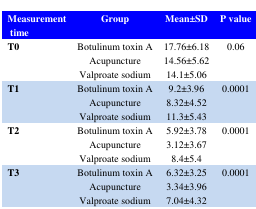
| Measurement time | Group | Mean±SD | P value |
 | --- | --- | --- | --- |
 | <ROWSPAN=3> T0 | Botulinum toxin A | 17.76±6.18 | <ROWSPAN=3> 0.06 |
 | Acupuncture | 14.56±5.62 |
 | Valproate sodium | 14.1±5.06 |
 | <ROWSPAN=3> T1 | Botulinum toxin A | 9.2±3.96 | <ROWSPAN=3> 0.0001 |
 | Acupuncture | 8.32±4.52 |
 | Valproate sodium | 11.3±5.43 |
 | <ROWSPAN=3> T2 | Botulinum toxin A | 5.92±3.78 | <ROWSPAN=3> 0.0001 |
 | Acupuncture | 3.12±3.67 |
 | Valproate sodium | 8.4±5.4 |
 | <ROWSPAN=3> T3 | Botulinum toxin A | 6.32±3.25 | <ROWSPAN=3> 0.0001 |
 | Acupuncture | 3.34±3.96 |
 | Valproate sodium | 7.04±4.32 |